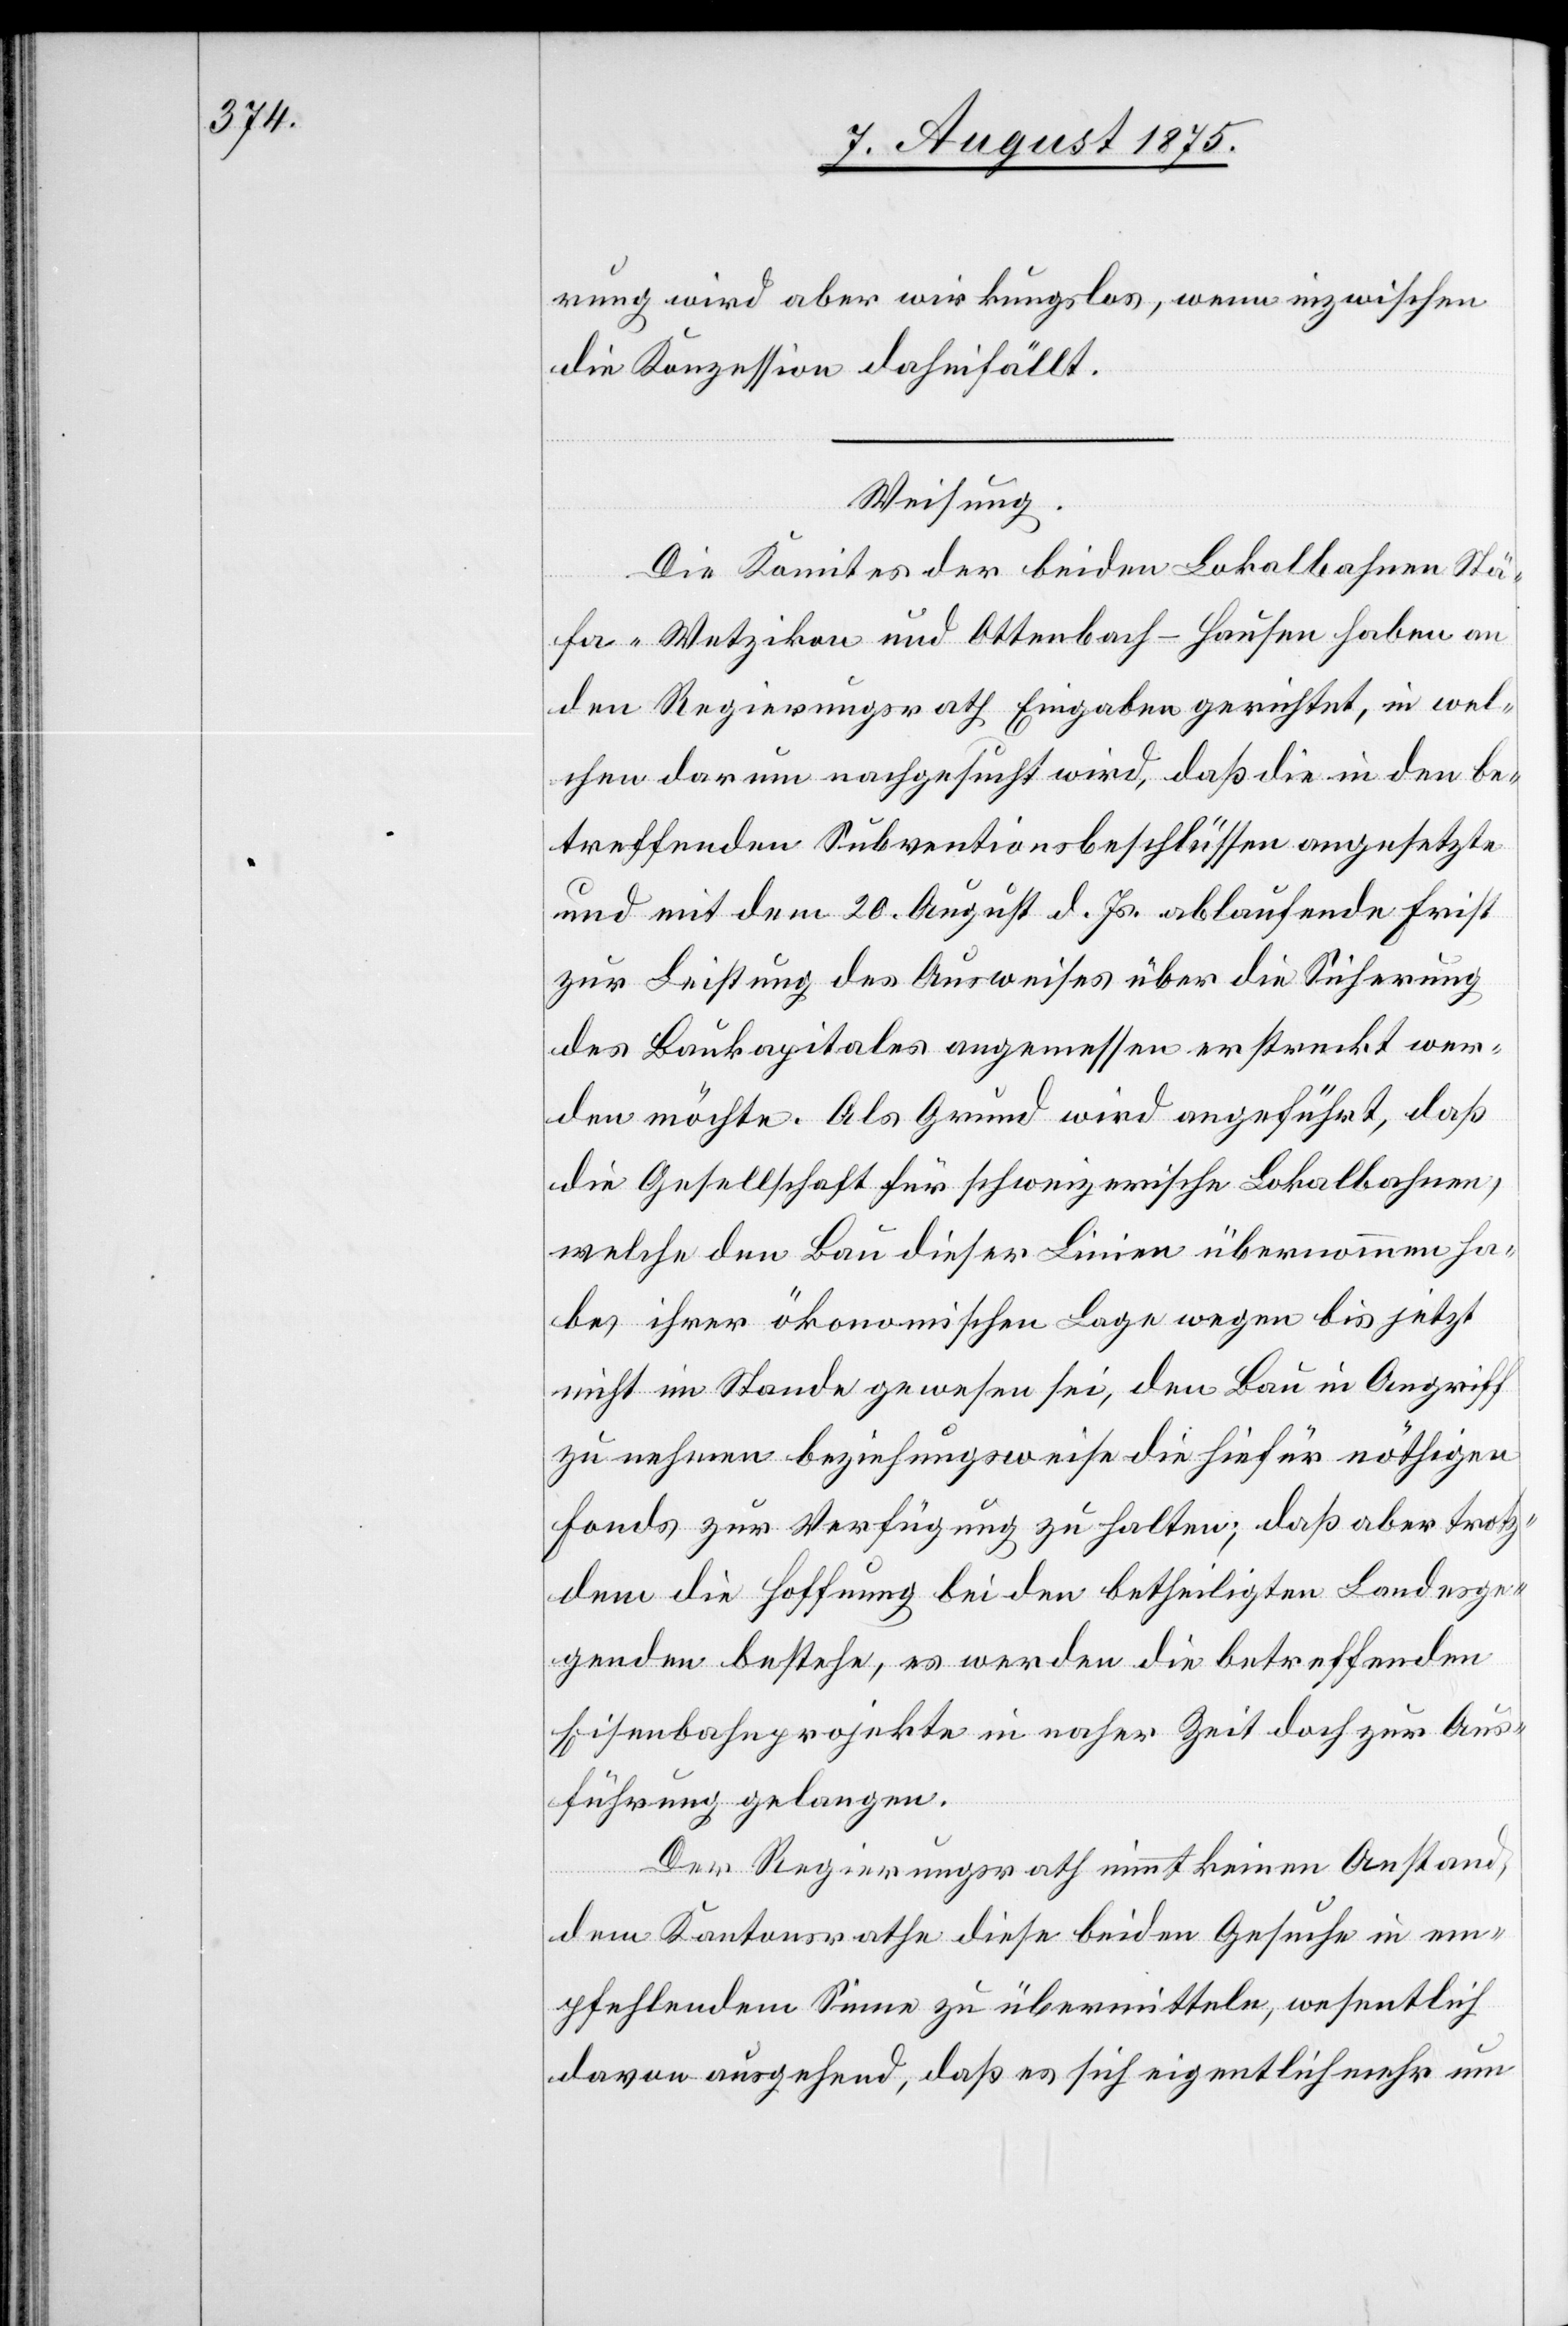
rung wird aber wirkungslos, wenn inzwischen
die Konzession dahinfällt.
Weisung.
Die Komites der beiden Lokalbahnen Stä¬
fa–Wetzikon und Ottenbach–Hausen haben an
den Regierungsrath Eingaben gerichtet, in wel¬
chen darum nachgesucht wird, daß die in den be¬
treffenden Subventionsbeschlüssen angesetzte
und mit dem 20. August d. Js. ablaufende Frist
zur Leistung des Ausweises über die Sicherung
des Baukapitales angemessen erstreckt wer¬
den möchte. Als Grund wird angeführt, daß
die Gesellschaft für schweizerische Lokalbahnen,
welche den Bau dieser Linien übernommen ha¬
be, ihrer ökonomischen Lage wegen bis jetzt
nicht im Stande gewesen sei, den Bau in Angriff
zu nehmen beziehungsweise die hiefür nöthigen
Fonds zur Verfügung zu halten, daß aber trotz¬
dem die Hoffnung bei den betheiligten Landesge¬
genden bestehe, es werden die betreffenden
Eisenbahnprojekte in naher Zeit doch zur Aus¬
führung gelangen.
Der Regierungsrath nimmt keinen Anstand,
dem Kantonsrathe diese beiden Gesuche in em¬
pfehlendem Sinne zu übermitteln, wesentlich
davon ausgehend, daß es sich eigentlich mehr um